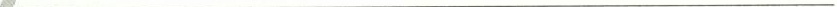
___